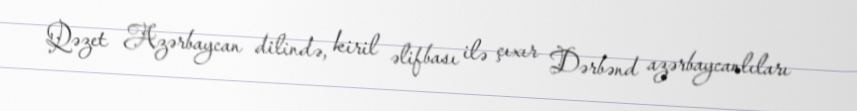
Qəzet Azərbaycan dilində, kiril əlifbası ilə çıxır Dərbənd azərbaycanlıları